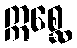
ဣစ္ဆေ